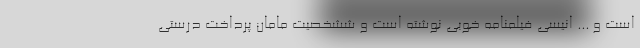
است و ... انیسی فیلمنامه خوبی نوشته است و ششخصیت مامان پرداخت درستی